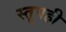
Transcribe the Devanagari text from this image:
स्तूपही